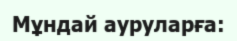
Мұндай ауруларға: